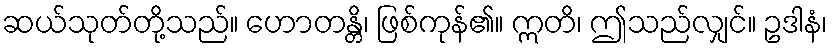
ဆယ်သုတ်တို့သည်။ ဟောတန္တိ၊ ဖြစ်ကုန်၏။ ဣတိ၊ ဤသည်လျှင်။ ဥဒါနံ၊